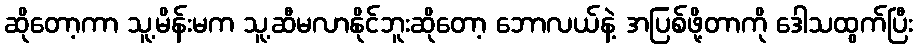
ဆိုတော့ကာ သူ့မိန်းမက သူ့ဆီမလာနိုင်ဘူးဆိုတော့ ဘောလယ်နဲ့ အပြစ်ဖို့တာကို ဒေါသထွက်ပြီး